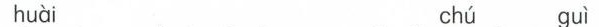
huài chú guì